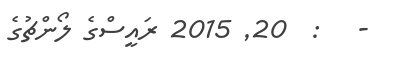
-   :  20